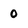
Character: 0